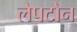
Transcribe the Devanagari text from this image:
लेपटोन